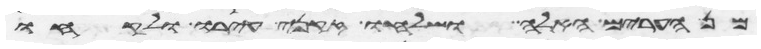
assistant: מן הערים האלה ושלחו זקני עירו ולקחו